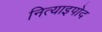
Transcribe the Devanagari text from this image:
नित्याइपोद